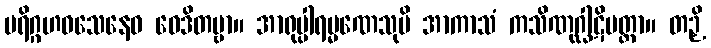
ပရိဂ္ဂဟဝသေနေဝ ဝေဒိတဗ္ဗာ။ အာရုပ္ပါရမ္မဏေသုပိ အာကာသံ ကသိဏုဂ္ဃါဋိမတ္တာ။ တဉှိ